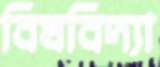
বিষবিদ্যা